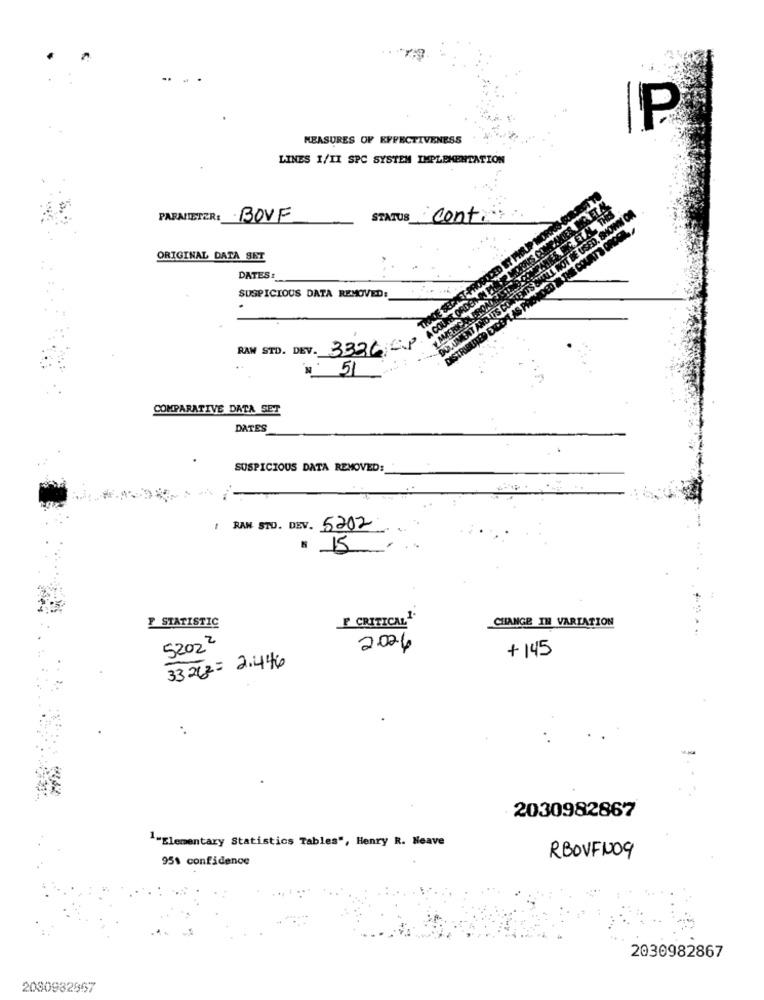
P
MEASURES OF EFFECTIVENESS
LINES I/II SPC SYSTEM IMPLEMENTATION
PARMETER: BOVF
STATUS Conti
ORIGINAL DATA SET
DATES :
SUSPICIOUS DATA REMOVED:
RAN STD. DEV. 33360
: 51
COMPARATIVE DATA SET
DATES
SUSPICIOUS DATA REMOVED:
/ RAN STD. DEV. 5202
# 15
F STATISTIC
F CRITICAL1
CHANGE IN VARIATION
52022
2024
+ 145
33 262 = 2.446
2030982867
1-Elementary Statistics Tables", Henry R. Heave
95% confidence
RBOVFNO9
2030982867
2080982967